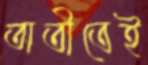
অতীতেই